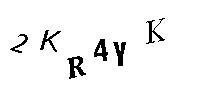
2KR4YK